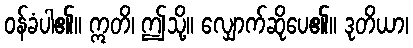
ဝန်ခံပါ၏။ ဣတိ၊ ဤသို့။ လျှောက်ဆိုပေ၏။ ဒုတိယာ၊